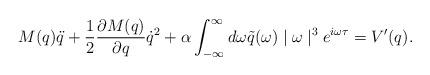
LaTeX: \begin{align*}M(q)\ddot{q} + \frac{1}{2}\frac{\partial M(q)}{\partial q} \dot{q}^2+\alpha \int_{-\infty}^{\infty} d\omega\tilde{q} (\omega) \mid \omega \mid^3 e^{i\omega \tau} = V'(q).\end{align*}